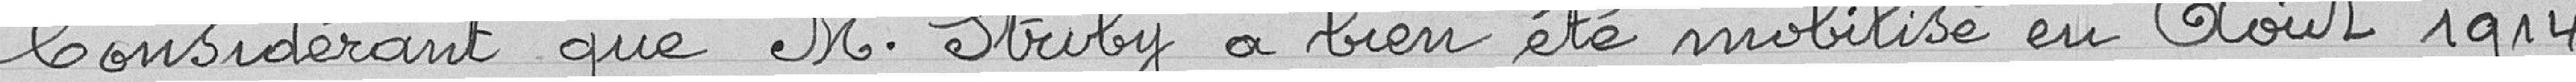
Considérant que M. Striby a bien été mobilisé en Août 1914